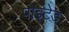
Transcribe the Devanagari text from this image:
पोइंटेड